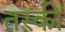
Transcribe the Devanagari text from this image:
तस्कीं